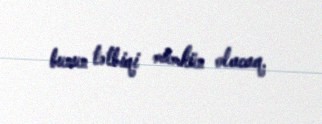
bunun tətbiqi mümkün olacaq.